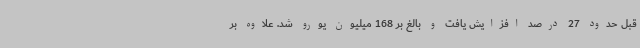
قبل حدود 27 درصد افزایش یافت و بالغ بر 168 میلیون یورو شد. علاوه بر